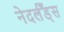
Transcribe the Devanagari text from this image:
नेदर्लँड्स